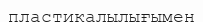
пластикалылығымен